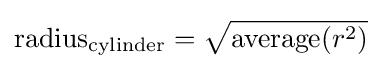
{\text{radius}}_{\text{cylinder}}={\sqrt {\operatorname {average} (r^{2})}}